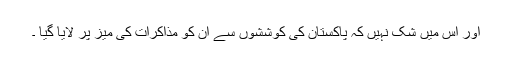
اور اس میں شک نہیں کہ پاکستان کی کوششوں سے ان کو مذاکرات کی میز پر لایا گیا ۔